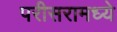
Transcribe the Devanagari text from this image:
परीसरामध्ये